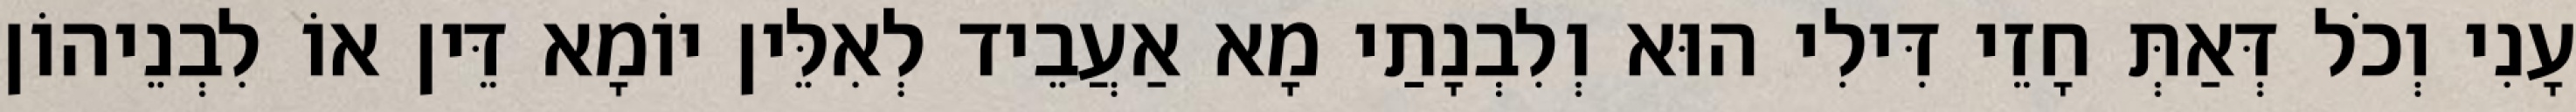
עָנִי וְכֹל דְּאַתְּ חָזֵי דִּילִי הוּא וְלִבְנָתַי מָא אַעֲבֵיד לְאִלֵּין יוֹמָא דֵּין אוֹ לִבְנֵיהוֹן